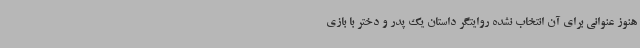
هنوز عنوانی برای آن انتخاب نشده روایتگر داستان یک پدر و دختر با بازی